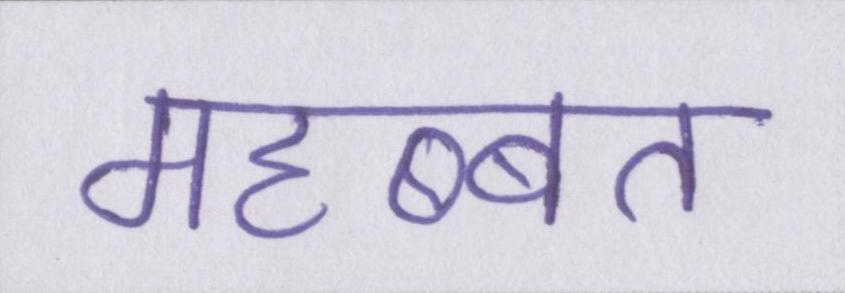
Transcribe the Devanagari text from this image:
महब्बत